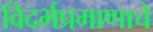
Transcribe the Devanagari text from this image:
विदर्भप्रमाणाचे